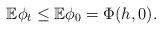
LaTeX: \begin{align*}\mathbb{E}\phi_{t}\leq \mathbb{E}\phi_{0}=\Phi(h,0).\end{align*}